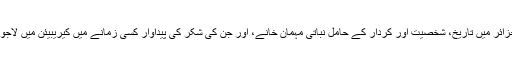
دونوں جزائر میں تاریخ، شخصیت اور کردار کے حامل نباتی مہمان خانے، اور جن کی شکر کی پیداوار کسی زمانے میں کیریبیئن میں لاجواب تھی۔